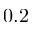
0 . 2